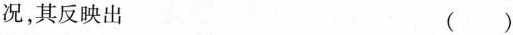
况，其反映出 ( )